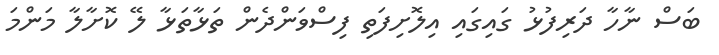
ބަސް ނާހާ ދަރިފުޅު ގައިގައި އިލޮށިފަތި ފިސްވަންދެން ތަޅާތަޅާ ލޭ ކޮށާލާ މަންމަ